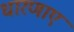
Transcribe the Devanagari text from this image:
धारणाए